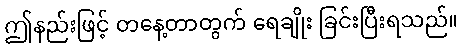
ဤနည်းဖြင့် တနေ့တာတွက် ရေချိုး ခြင်းပြီးရသည်။